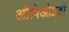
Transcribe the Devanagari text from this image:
ओपिओइडों